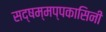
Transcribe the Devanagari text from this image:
सद्षम्मप्पकासिनी